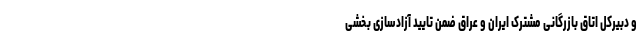
و دبیرکل اتاق بازرگانی مشترک ایران و عراق ضمن تایید آزادسازی بخشی